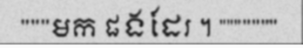
"""មក ផងដែរ ។ """""""